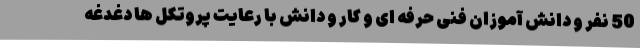
50 نفر و دانش آموزان فنی حرفه ای و کار و دانش با رعایت پروتکل ها دغدغه